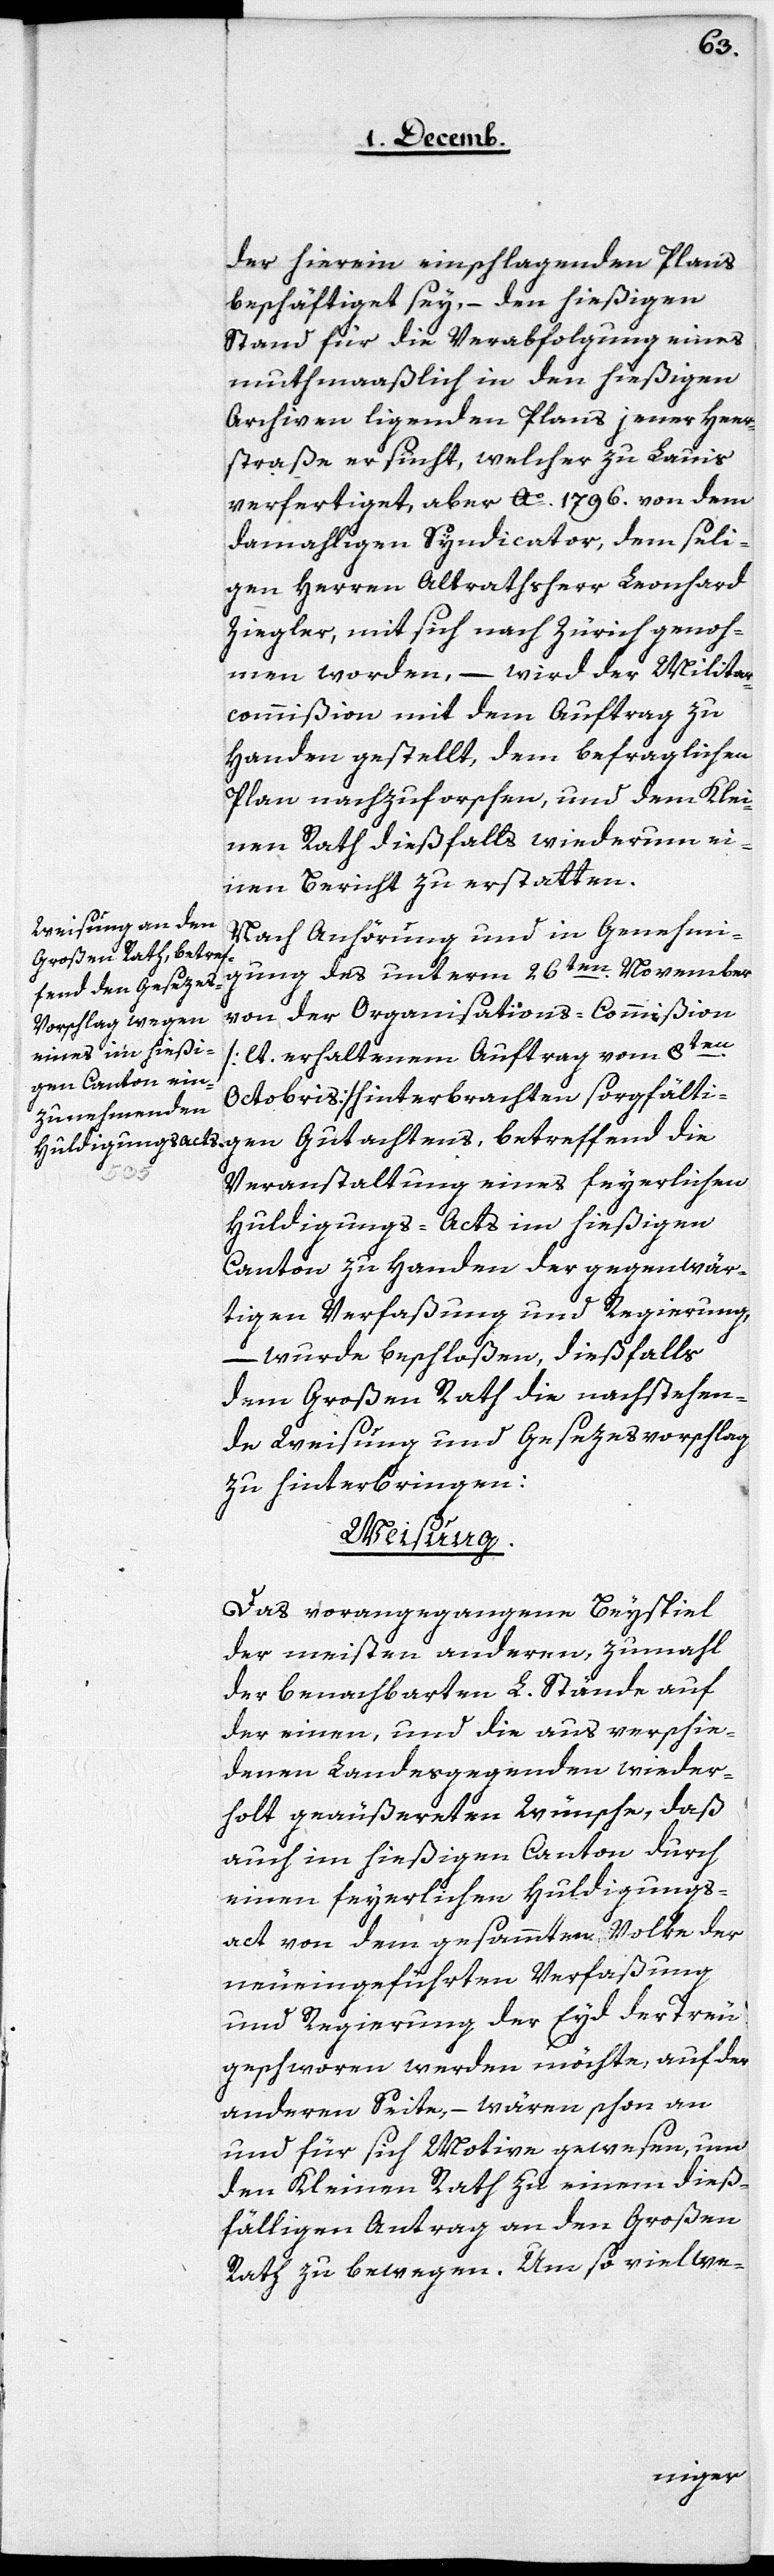
der hierein einschlagenden Plans
beschäftiget sey, – den hießigen
Stand für die Verabfolgung eines
muthmaaßlich in den hießigen
Archiven ligenden Plans jener Heer¬
straße ersucht, welcher zu Lauis
verfertiget, aber Ao 1796. von dem
damahligen Syndicator, dem seli¬
gen Herren Altrathsherr Leonhard
Ziegler, mit sich nach Zürich genoh¬
men worden, – wird der Militar¬
commißion mit dem Auftrag zu
Handen gestellt, dem befraglichen
Plan nachzuforschen, und dem Klei¬
nen Rath dießfalls wiederum ei¬
nen Bericht zu erstatten.
Nach Anhörung und in Genehmi¬
gung des unterm 26ten. November
von der Organisations-Commißion
[lt. erhaltenem Auftrag vom 8ten.
Octobris] hinterbrachten sorgfälti¬
die
Veranstaltung eines feyerlichen
Huldigungs-Acts im hießigen
Canton zu Handen der gegenwär¬
tigen Verfaßung und Regierung,
– wurde beschloßen, dießfalls
dem Großen Rath die nachstehen¬
de Weisung und Gesezesvorschlag
zu hinterbringen:
Weisung.
Das vorangegangene Beyspiel
der meisten anderen, zumahl
der benachbarten L. Stände auf
der einen, und die aus verschie¬
denen Landesgegenden wieder¬
holt geäußereten Wünsche, daß
auch im hießigen Canton durch
einen feyerlichen Huldigungs¬
act von dem gesammten Volke der
neueingeführten Verfaßung
und Regierung der Eyd der Treu
geschworen werden möchte, auf der
anderen Seite, – wären schon an
und für sich Motive gewesen, um
den Kleinen Rath zu einem dieß¬
fälligen Antrag an den Großen
Rath zu bewegen. Um so viel we-
gen